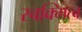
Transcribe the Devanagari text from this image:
स्वक्मित्व